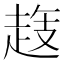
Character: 𧻝